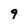
Character: 9